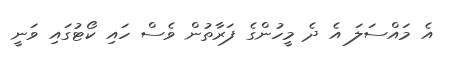
އެ މައްސަލަ އެ ދެ މީހުންގެ ފަރާތުން ވެސް ހައި ކޯޓުގައި ވަނީ